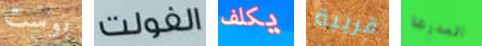
بوست الفولت يكلف قريبة المدرعة